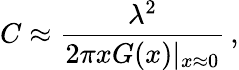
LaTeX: C\approx\frac{\lambda^{2}}{2\pi xG(x)|_{x\approx 0}}\, ,